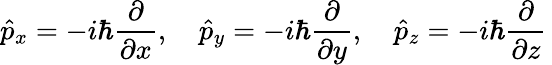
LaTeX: {\hat{p}}_{x}=-i\hbar{\frac{\partial}{\partial x}},\quad{\hat{p}}_{y}=-i\hbar{\frac{\partial}{\partial y}},\quad{\hat{p}}_{z}=-i\hbar{\frac{\partial}{\partial z}}\,